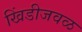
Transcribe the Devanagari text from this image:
खिंडीजवळ